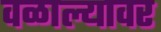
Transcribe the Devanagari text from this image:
वळाल्यावर